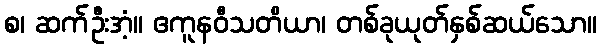
စ၊ ဆက်ဦးအံ့။ ဧကူနဝီသတိယာ၊ တစ်ခုယုတ်နှစ်ဆယ်သော။